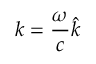
\boldsymbol { k } = \frac { \omega } { c } \hat { k }